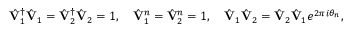
\hat { \bf V } _ { 1 } ^ { \dagger } \hat { \bf V } _ { 1 } = \hat { \bf V } _ { 2 } ^ { \dagger } \hat { \bf V } _ { 2 } = 1 , \quad \hat { \bf V } _ { 1 } ^ { n } = \hat { \bf V } _ { 2 } ^ { n } = 1 , \quad \hat { \bf V } _ { 1 } \hat { \bf V } _ { 2 } = \hat { \bf V } _ { 2 } \hat { \bf V } _ { 1 } e ^ { 2 \pi i \theta _ { n } } ,